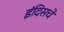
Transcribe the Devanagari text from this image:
इंदिसचे